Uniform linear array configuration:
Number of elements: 64
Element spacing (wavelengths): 1
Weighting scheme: uniform
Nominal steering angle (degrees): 45
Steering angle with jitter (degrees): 44.711
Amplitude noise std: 0.05
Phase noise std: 0.05

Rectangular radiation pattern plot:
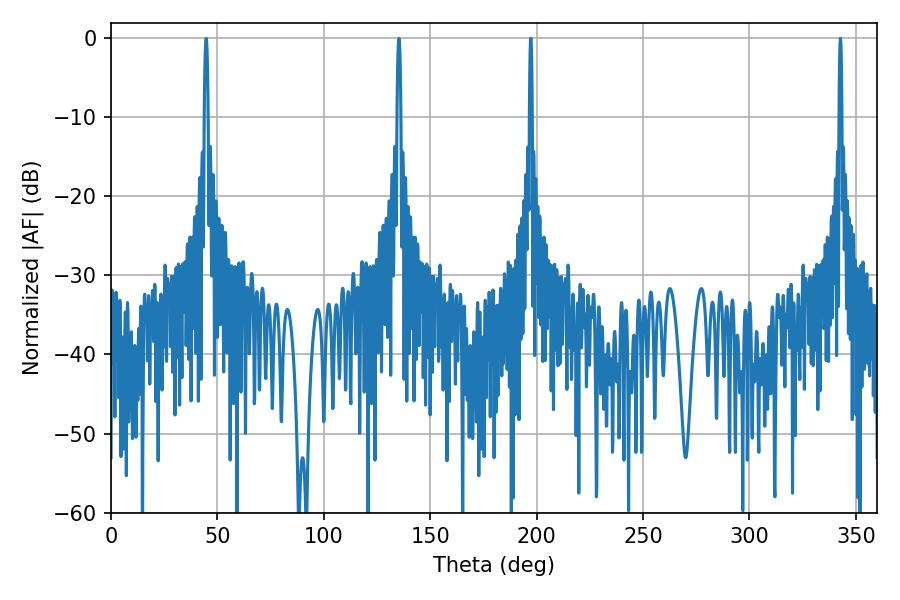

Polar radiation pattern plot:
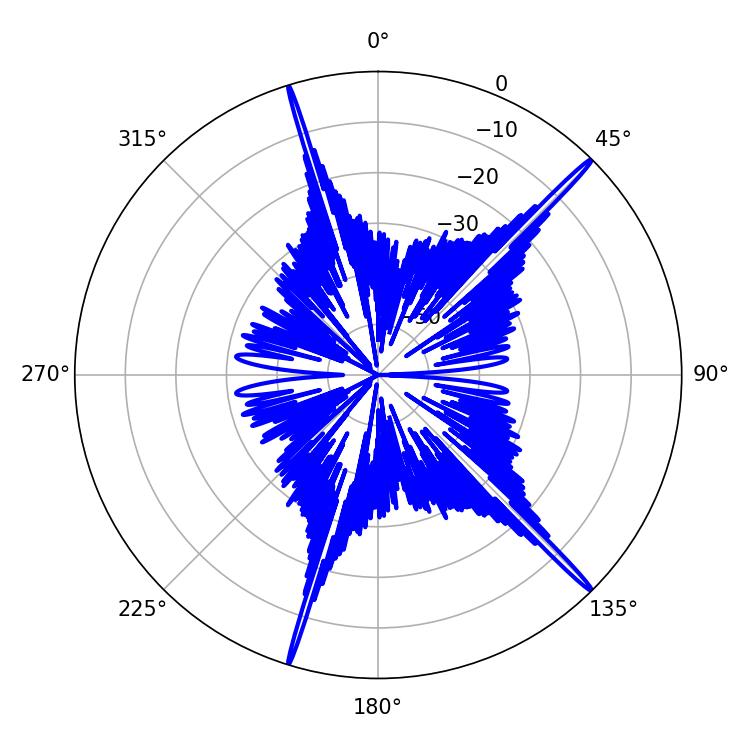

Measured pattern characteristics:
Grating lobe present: TRUE
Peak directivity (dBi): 19.752
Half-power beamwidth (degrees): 0.72
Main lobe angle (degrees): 342.72